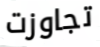
تجاوزت